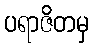
ပရာဇိတမှ